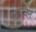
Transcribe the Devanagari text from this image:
प्र्रयोजन